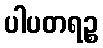
ပါပတရဉ္စ